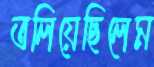
তলিয়েছিলেম